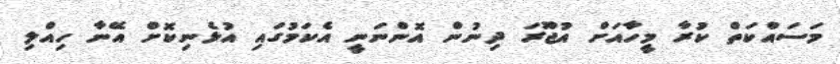
މަސައްކަތް ކުރާ މީހާއަށް އުޖޫރަ ދިނުން އޮންނަނީ އެކަމުގައި އުޅެނިކޮށް އޭނާ ހިއްލި